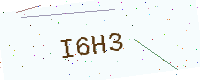
Text: I6H3